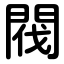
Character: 閥